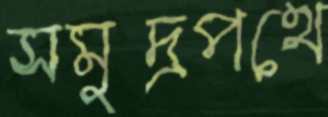
সমুদ্রপথে